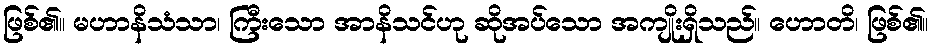
ဖြစ်၏။ မဟာနိသံသာ၊ ကြီးသော အာနိသင်ဟု ဆိုအပ်သော အကျိုးရှိသည်။ ဟောတိ၊ ဖြစ်၏။